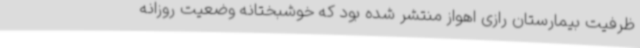
ظرفیت بیمارستان رازی اهواز منتشر شده بود که خوشبختانه وضعیت روزانه